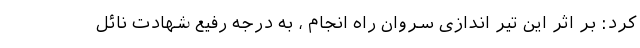
کرد: بر اثر این تیر اندازی سروان راه انجام ، به درجه رفیع شهادت نائل